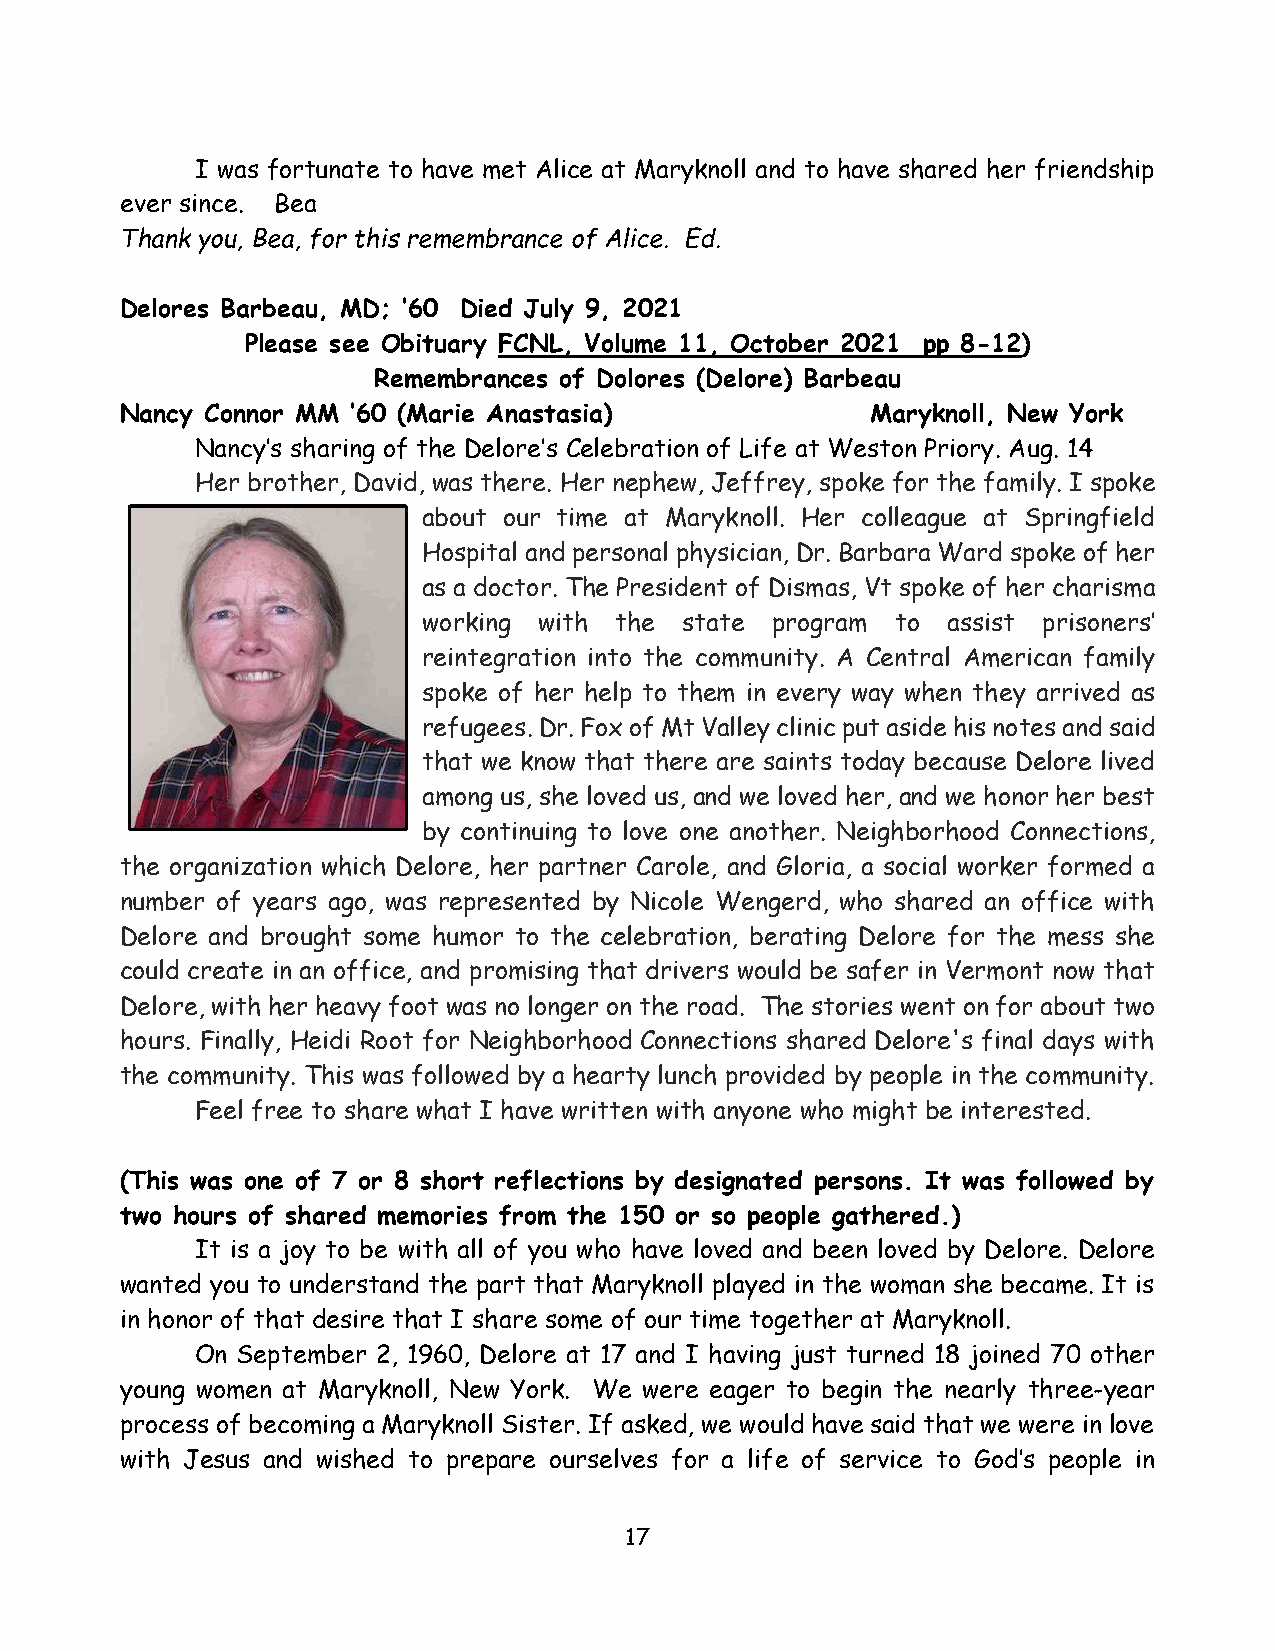
I was fortunate to have met Alice at Maryknoll and to have shared her friendship
 ever since. Bea
 Thank you, Bea, for this remembrance of Alice. Ed.
 Delores Barbeau, MD; ’60 Died July 9, 2021
 Please see Obituary FCNL, Volume 11, October 2021 pp 8-12)
 Remembrances of Dolores (Delore) Barbeau
 Nancy Connor MM ’60 (Marie Anastasia)             Maryknoll, New York
 Nancy’s sharing of the Delore’s Celebration of Life at Weston Priory. Aug. 14
 Her brother, David, was there. Her nephew, Jeffrey, spoke for the family. I spoke
 about our time at Maryknoll. Her colleague at Springfield
 Hospital and personal physician, Dr. Barbara Ward spoke of her
 as a doctor. The President of Dismas, Vt spoke of her charisma
 working with the state program to  assist prisoners’
 reintegration into the community. A Central American family
 spoke of her help to them in every way when they arrived as
 refugees. Dr. Fox of Mt Valley clinic put aside his notes and said
 that we know that there are saints today because Delore lived
 among us, she loved us, and we loved her, and we honor her best
 by continuing to love one another. Neighborhood Connections,
 the organization which Delore, her partner Carole, and Gloria, a social worker formed a
 number of years ago, was represented by Nicole Wengerd, who shared an office with
 Delore and brought some humor to the celebration, berating Delore for the mess she
 could create in an office, and promising that drivers would be safer in Vermont now that
 Delore, with her heavy foot was no longer on the road. The stories went on for about two
 hours. Finally, Heidi Root for Neighborhood Connections shared Delore's final days with
 the community. This was followed by a hearty lunch provided by people in the community.
 Feel free to share what I have written with anyone who might be interested.
 (This was one of 7 or 8 short reflections by designated persons. It was followed by
 two hours of shared memories from the 150 or so people gathered.)
 It is a joy to be with all of you who have loved and been loved by Delore. Delore
 wanted you to understand the part that Maryknoll played in the woman she became. It is
 in honor of that desire that I share some of our time together at Maryknoll.
 On September 2, 1960, Delore at 17 and I having just turned 18 joined 70 other
 young women at Maryknoll, New York. We were eager to begin the nearly three-year
 process of becoming a Maryknoll Sister. If asked, we would have said that we were in love
 with Jesus and wished to prepare ourselves for a life of service to God’s people in
 17